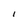
Character: l